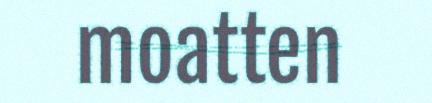
moatten